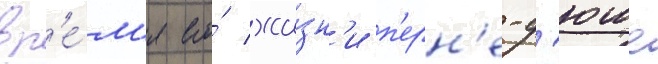
вр'е́м'я его́ жи́зн'и п'ерн'е-д'юше